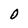
Character: O